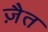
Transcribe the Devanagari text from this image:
ज़ैत